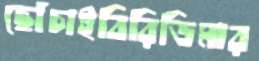
ছোঁচাইবিরিডিমার